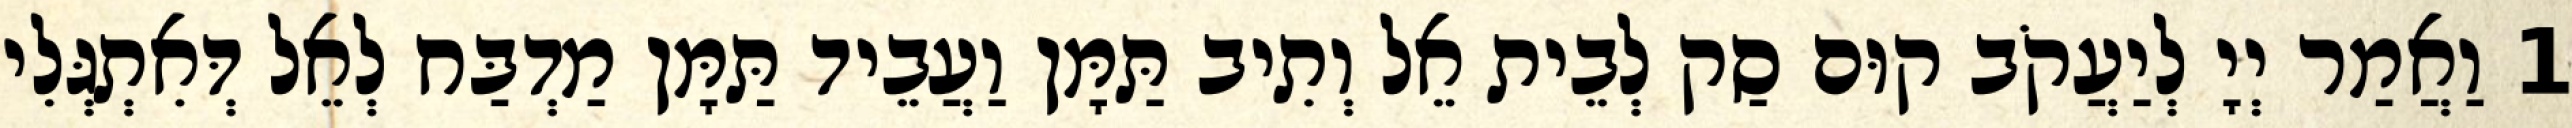
1 וַאֲמַר יְיָ לְיַעֲקֹב קוּם סַק לְבֵית אֵל וְתִיב תַּמָּן וַעֲבֵיד תַּמָּן מַדְבַּח לְאֵל דְּאִתְגְּלִי